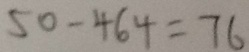
5 0 - 4 6 4 = 7 6